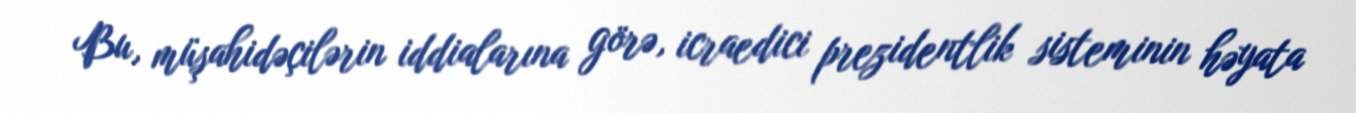
Bu, müşahidəçilərin iddialarına görə, icraedici prezidentlik sisteminin həyata